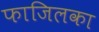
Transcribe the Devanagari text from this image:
फाजिलका